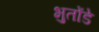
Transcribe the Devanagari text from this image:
भुतोंडे